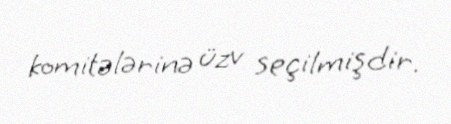
komitələrinə üzv seçilmişdir.